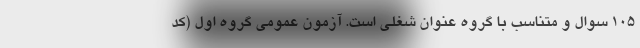
۱۰۵ سوال و متناسب با گروه عنوان شغلی است. آزمون عمومی گروه اول (کد